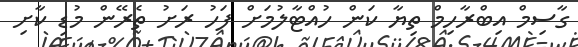
ގާސިމް އިބްރާހިމް ތިޔާ ކަން ހުއްޓާލުމަށް ފަހު ރަށު ތެރޭން މުޑި ކާށި